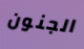
الجنون